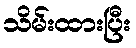
သိမ်းထားပြီး